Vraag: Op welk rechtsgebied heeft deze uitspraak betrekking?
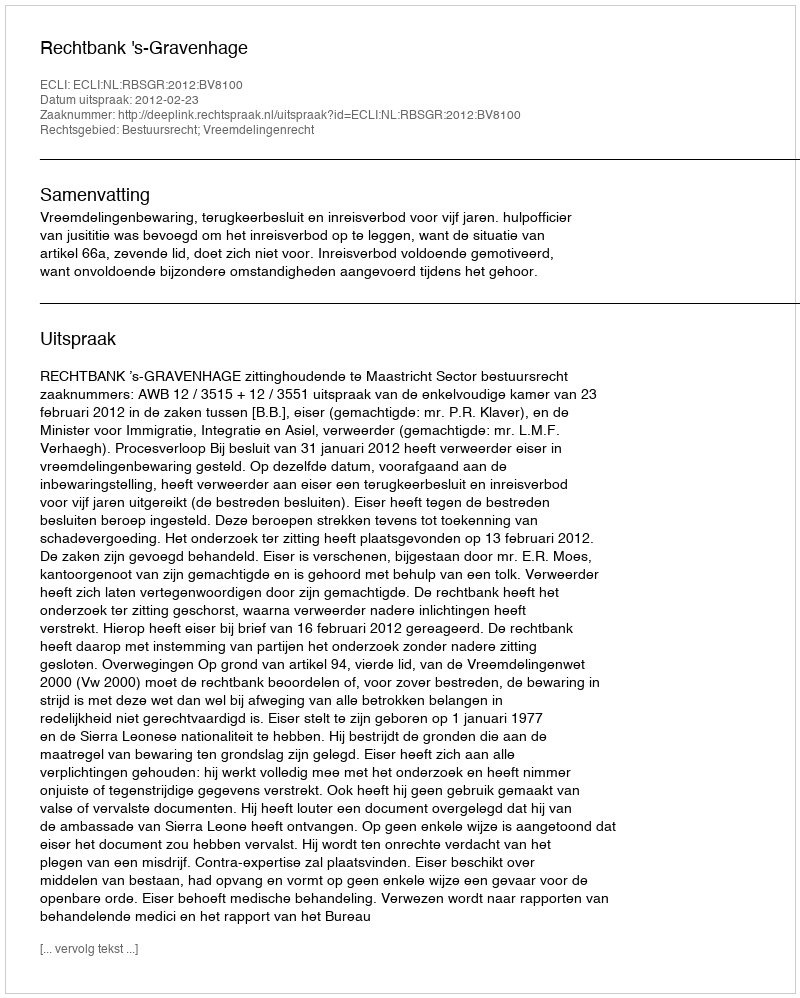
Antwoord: Bestuursrecht; Vreemdelingenrecht